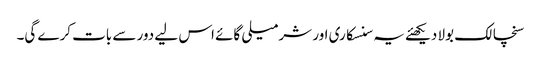
سنچالک بولا دیکھئے یہ سنسکاری اور شرمیلی گائے اس لیے دور سے بات کرے گی۔